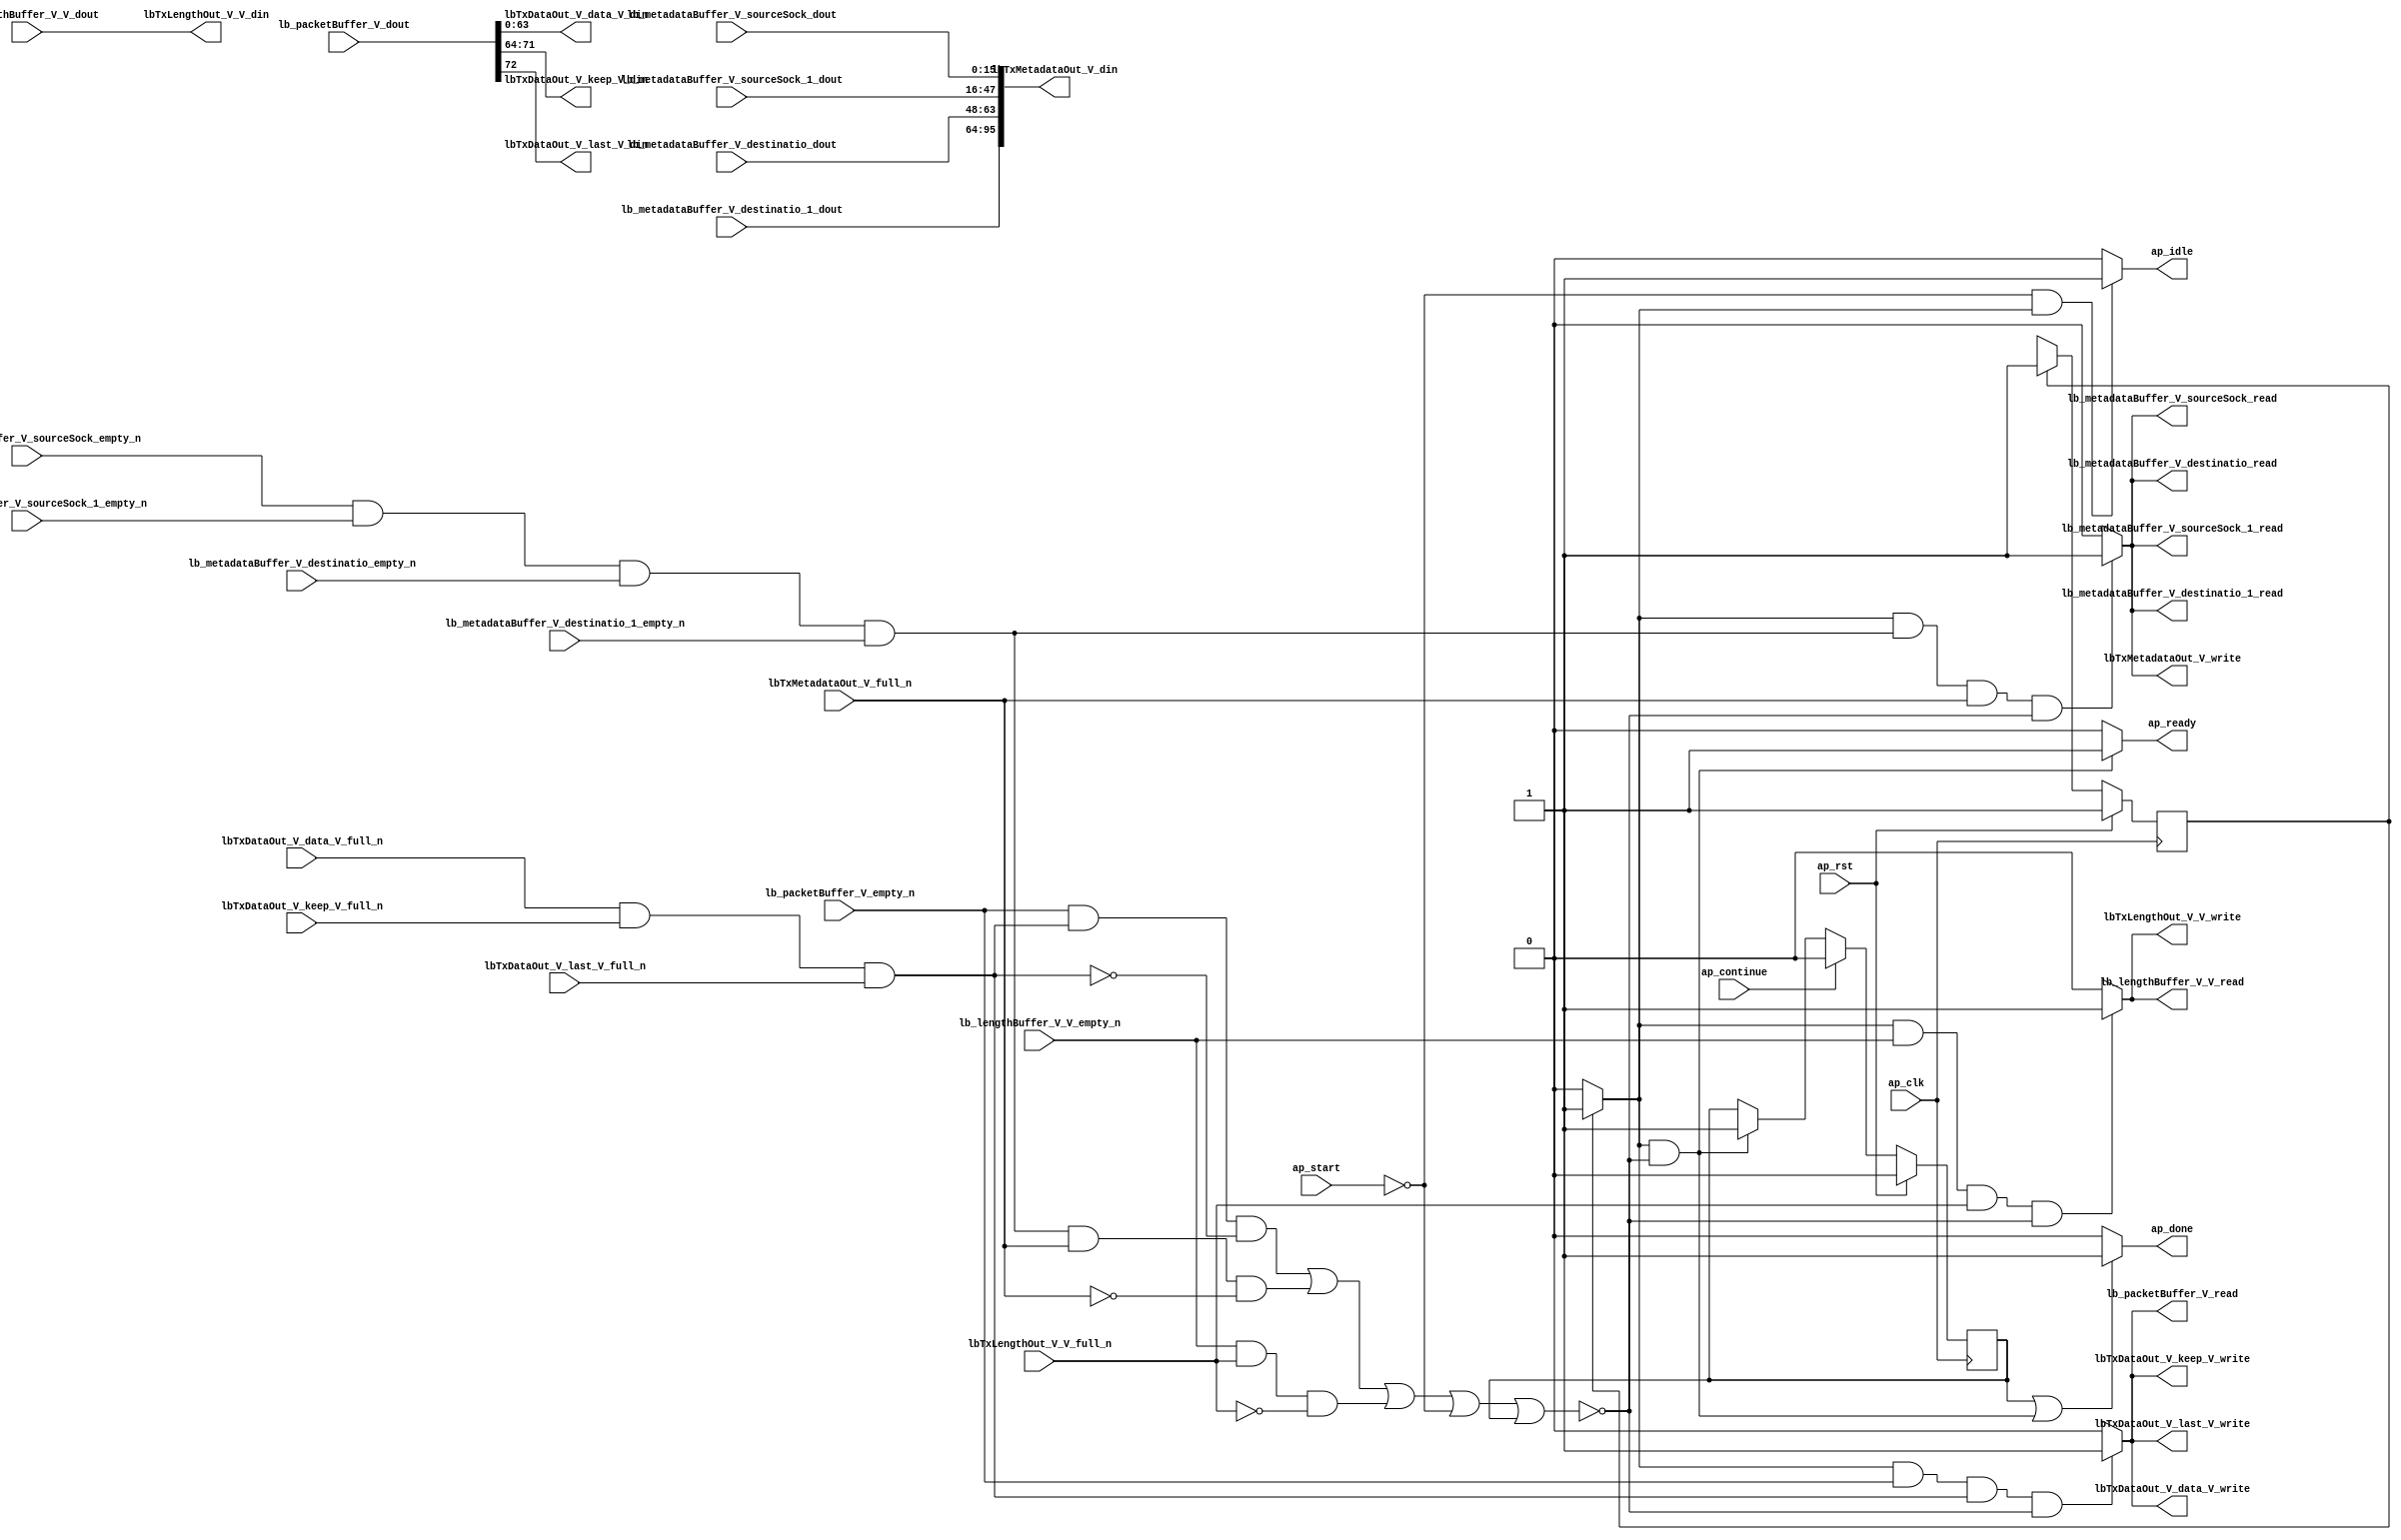
// ==============================================================
// RTL generated by Vivado(TM) HLS - High-Level Synthesis from C, C++ and SystemC
// Version: 2015.1
// Copyright (C) 2015 Xilinx Inc. All rights reserved.
// 
// ===========================================================

`timescale 1 ns / 1 ps 

module udpLoopback_txPath (
        ap_clk,
        ap_rst,
        ap_start,
        ap_done,
        ap_continue,
        ap_idle,
        ap_ready,
        lbTxDataOut_V_data_V_din,
        lbTxDataOut_V_data_V_full_n,
        lbTxDataOut_V_data_V_write,
        lbTxDataOut_V_keep_V_din,
        lbTxDataOut_V_keep_V_full_n,
        lbTxDataOut_V_keep_V_write,
        lbTxDataOut_V_last_V_din,
        lbTxDataOut_V_last_V_full_n,
        lbTxDataOut_V_last_V_write,
        lbTxMetadataOut_V_din,
        lbTxMetadataOut_V_full_n,
        lbTxMetadataOut_V_write,
        lbTxLengthOut_V_V_din,
        lbTxLengthOut_V_V_full_n,
        lbTxLengthOut_V_V_write,
        lb_packetBuffer_V_dout,
        lb_packetBuffer_V_empty_n,
        lb_packetBuffer_V_read,
        lb_metadataBuffer_V_sourceSock_dout,
        lb_metadataBuffer_V_sourceSock_empty_n,
        lb_metadataBuffer_V_sourceSock_read,
        lb_metadataBuffer_V_sourceSock_1_dout,
        lb_metadataBuffer_V_sourceSock_1_empty_n,
        lb_metadataBuffer_V_sourceSock_1_read,
        lb_metadataBuffer_V_destinatio_dout,
        lb_metadataBuffer_V_destinatio_empty_n,
        lb_metadataBuffer_V_destinatio_read,
        lb_metadataBuffer_V_destinatio_1_dout,
        lb_metadataBuffer_V_destinatio_1_empty_n,
        lb_metadataBuffer_V_destinatio_1_read,
        lb_lengthBuffer_V_V_dout,
        lb_lengthBuffer_V_V_empty_n,
        lb_lengthBuffer_V_V_read
);

parameter    ap_const_logic_1 = 1'b1;
parameter    ap_const_logic_0 = 1'b0;
parameter    ap_ST_st1_fsm_0 = 1'b1;
parameter    ap_const_lv32_0 = 32'b00000000000000000000000000000000;
parameter    ap_const_lv1_1 = 1'b1;
parameter    ap_const_lv1_0 = 1'b0;
parameter    ap_const_lv32_40 = 32'b1000000;
parameter    ap_const_lv32_47 = 32'b1000111;
parameter    ap_const_lv32_48 = 32'b1001000;
parameter    ap_true = 1'b1;

input   ap_clk;
input   ap_rst;
input   ap_start;
output   ap_done;
input   ap_continue;
output   ap_idle;
output   ap_ready;
output  [63:0] lbTxDataOut_V_data_V_din;
input   lbTxDataOut_V_data_V_full_n;
output   lbTxDataOut_V_data_V_write;
output  [7:0] lbTxDataOut_V_keep_V_din;
input   lbTxDataOut_V_keep_V_full_n;
output   lbTxDataOut_V_keep_V_write;
output  [0:0] lbTxDataOut_V_last_V_din;
input   lbTxDataOut_V_last_V_full_n;
output   lbTxDataOut_V_last_V_write;
output  [95:0] lbTxMetadataOut_V_din;
input   lbTxMetadataOut_V_full_n;
output   lbTxMetadataOut_V_write;
output  [15:0] lbTxLengthOut_V_V_din;
input   lbTxLengthOut_V_V_full_n;
output   lbTxLengthOut_V_V_write;
input  [72:0] lb_packetBuffer_V_dout;
input   lb_packetBuffer_V_empty_n;
output   lb_packetBuffer_V_read;
input  [15:0] lb_metadataBuffer_V_sourceSock_dout;
input   lb_metadataBuffer_V_sourceSock_empty_n;
output   lb_metadataBuffer_V_sourceSock_read;
input  [31:0] lb_metadataBuffer_V_sourceSock_1_dout;
input   lb_metadataBuffer_V_sourceSock_1_empty_n;
output   lb_metadataBuffer_V_sourceSock_1_read;
input  [15:0] lb_metadataBuffer_V_destinatio_dout;
input   lb_metadataBuffer_V_destinatio_empty_n;
output   lb_metadataBuffer_V_destinatio_read;
input  [31:0] lb_metadataBuffer_V_destinatio_1_dout;
input   lb_metadataBuffer_V_destinatio_1_empty_n;
output   lb_metadataBuffer_V_destinatio_1_read;
input  [15:0] lb_lengthBuffer_V_V_dout;
input   lb_lengthBuffer_V_V_empty_n;
output   lb_lengthBuffer_V_V_read;

reg ap_done;
reg ap_idle;
reg ap_ready;
reg lbTxMetadataOut_V_write;
reg lbTxLengthOut_V_V_write;
reg lb_packetBuffer_V_read;
reg lb_lengthBuffer_V_V_read;
reg    ap_done_reg = 1'b0;
(* fsm_encoding = "none" *) reg   [0:0] ap_CS_fsm = 1'b1;
reg    ap_sig_cseq_ST_st1_fsm_0;
reg    ap_sig_bdd_20;
wire   [0:0] tmp_nbreadreq_fu_144_p3;
wire   [0:0] tmp_11_nbwritereq_fu_152_p5;
wire    lbTxDataOut_V_data_V1_status;
wire    lb_metadataBuffer_V_sourceSock0_status;
wire   [0:0] tmp_12_nbreadreq_fu_183_p6;
wire   [0:0] tmp_13_nbwritereq_fu_197_p3;
wire   [0:0] tmp_30_nbreadreq_fu_224_p3;
wire   [0:0] tmp_31_nbwritereq_fu_232_p3;
reg    ap_sig_bdd_118;
reg    lbTxDataOut_V_data_V1_update;
reg    lb_metadataBuffer_V_sourceSock0_update;
reg   [0:0] ap_NS_fsm;




/// the current state (ap_CS_fsm) of the state machine. ///
always @ (posedge ap_clk)
begin : ap_ret_ap_CS_fsm
    if (ap_rst == 1'b1) begin
        ap_CS_fsm <= ap_ST_st1_fsm_0;
    end else begin
        ap_CS_fsm <= ap_NS_fsm;
    end
end

/// ap_done_reg assign process. ///
always @ (posedge ap_clk)
begin : ap_ret_ap_done_reg
    if (ap_rst == 1'b1) begin
        ap_done_reg <= ap_const_logic_0;
    end else begin
        if ((ap_const_logic_1 == ap_continue)) begin
            ap_done_reg <= ap_const_logic_0;
        end else if (((ap_const_logic_1 == ap_sig_cseq_ST_st1_fsm_0) & ~ap_sig_bdd_118)) begin
            ap_done_reg <= ap_const_logic_1;
        end
    end
end

/// ap_done assign process. ///
always @ (ap_done_reg or ap_sig_cseq_ST_st1_fsm_0 or ap_sig_bdd_118)
begin
    if (((ap_const_logic_1 == ap_done_reg) | ((ap_const_logic_1 == ap_sig_cseq_ST_st1_fsm_0) & ~ap_sig_bdd_118))) begin
        ap_done = ap_const_logic_1;
    end else begin
        ap_done = ap_const_logic_0;
    end
end

/// ap_idle assign process. ///
always @ (ap_start or ap_sig_cseq_ST_st1_fsm_0)
begin
    if ((~(ap_const_logic_1 == ap_start) & (ap_const_logic_1 == ap_sig_cseq_ST_st1_fsm_0))) begin
        ap_idle = ap_const_logic_1;
    end else begin
        ap_idle = ap_const_logic_0;
    end
end

/// ap_ready assign process. ///
always @ (ap_sig_cseq_ST_st1_fsm_0 or ap_sig_bdd_118)
begin
    if (((ap_const_logic_1 == ap_sig_cseq_ST_st1_fsm_0) & ~ap_sig_bdd_118)) begin
        ap_ready = ap_const_logic_1;
    end else begin
        ap_ready = ap_const_logic_0;
    end
end

/// ap_sig_cseq_ST_st1_fsm_0 assign process. ///
always @ (ap_sig_bdd_20)
begin
    if (ap_sig_bdd_20) begin
        ap_sig_cseq_ST_st1_fsm_0 = ap_const_logic_1;
    end else begin
        ap_sig_cseq_ST_st1_fsm_0 = ap_const_logic_0;
    end
end

/// lbTxDataOut_V_data_V1_update assign process. ///
always @ (ap_sig_cseq_ST_st1_fsm_0 or tmp_nbreadreq_fu_144_p3 or tmp_11_nbwritereq_fu_152_p5 or ap_sig_bdd_118)
begin
    if (((ap_const_logic_1 == ap_sig_cseq_ST_st1_fsm_0) & ~(tmp_nbreadreq_fu_144_p3 == ap_const_lv1_0) & ~(tmp_11_nbwritereq_fu_152_p5 == ap_const_lv1_0) & ~ap_sig_bdd_118)) begin
        lbTxDataOut_V_data_V1_update = ap_const_logic_1;
    end else begin
        lbTxDataOut_V_data_V1_update = ap_const_logic_0;
    end
end

/// lbTxLengthOut_V_V_write assign process. ///
always @ (ap_sig_cseq_ST_st1_fsm_0 or tmp_30_nbreadreq_fu_224_p3 or tmp_31_nbwritereq_fu_232_p3 or ap_sig_bdd_118)
begin
    if (((ap_const_logic_1 == ap_sig_cseq_ST_st1_fsm_0) & ~(ap_const_lv1_0 == tmp_30_nbreadreq_fu_224_p3) & ~(ap_const_lv1_0 == tmp_31_nbwritereq_fu_232_p3) & ~ap_sig_bdd_118)) begin
        lbTxLengthOut_V_V_write = ap_const_logic_1;
    end else begin
        lbTxLengthOut_V_V_write = ap_const_logic_0;
    end
end

/// lbTxMetadataOut_V_write assign process. ///
always @ (ap_sig_cseq_ST_st1_fsm_0 or tmp_12_nbreadreq_fu_183_p6 or tmp_13_nbwritereq_fu_197_p3 or ap_sig_bdd_118)
begin
    if (((ap_const_logic_1 == ap_sig_cseq_ST_st1_fsm_0) & ~(ap_const_lv1_0 == tmp_12_nbreadreq_fu_183_p6) & ~(ap_const_lv1_0 == tmp_13_nbwritereq_fu_197_p3) & ~ap_sig_bdd_118)) begin
        lbTxMetadataOut_V_write = ap_const_logic_1;
    end else begin
        lbTxMetadataOut_V_write = ap_const_logic_0;
    end
end

/// lb_lengthBuffer_V_V_read assign process. ///
always @ (ap_sig_cseq_ST_st1_fsm_0 or tmp_30_nbreadreq_fu_224_p3 or tmp_31_nbwritereq_fu_232_p3 or ap_sig_bdd_118)
begin
    if (((ap_const_logic_1 == ap_sig_cseq_ST_st1_fsm_0) & ~(ap_const_lv1_0 == tmp_30_nbreadreq_fu_224_p3) & ~(ap_const_lv1_0 == tmp_31_nbwritereq_fu_232_p3) & ~ap_sig_bdd_118)) begin
        lb_lengthBuffer_V_V_read = ap_const_logic_1;
    end else begin
        lb_lengthBuffer_V_V_read = ap_const_logic_0;
    end
end

/// lb_metadataBuffer_V_sourceSock0_update assign process. ///
always @ (ap_sig_cseq_ST_st1_fsm_0 or tmp_12_nbreadreq_fu_183_p6 or tmp_13_nbwritereq_fu_197_p3 or ap_sig_bdd_118)
begin
    if (((ap_const_logic_1 == ap_sig_cseq_ST_st1_fsm_0) & ~(ap_const_lv1_0 == tmp_12_nbreadreq_fu_183_p6) & ~(ap_const_lv1_0 == tmp_13_nbwritereq_fu_197_p3) & ~ap_sig_bdd_118)) begin
        lb_metadataBuffer_V_sourceSock0_update = ap_const_logic_1;
    end else begin
        lb_metadataBuffer_V_sourceSock0_update = ap_const_logic_0;
    end
end

/// lb_packetBuffer_V_read assign process. ///
always @ (ap_sig_cseq_ST_st1_fsm_0 or tmp_nbreadreq_fu_144_p3 or tmp_11_nbwritereq_fu_152_p5 or ap_sig_bdd_118)
begin
    if (((ap_const_logic_1 == ap_sig_cseq_ST_st1_fsm_0) & ~(tmp_nbreadreq_fu_144_p3 == ap_const_lv1_0) & ~(tmp_11_nbwritereq_fu_152_p5 == ap_const_lv1_0) & ~ap_sig_bdd_118)) begin
        lb_packetBuffer_V_read = ap_const_logic_1;
    end else begin
        lb_packetBuffer_V_read = ap_const_logic_0;
    end
end
/// the next state (ap_NS_fsm) of the state machine. ///
always @ (ap_CS_fsm or ap_sig_bdd_118)
begin
    case (ap_CS_fsm)
        ap_ST_st1_fsm_0 : 
        begin
            ap_NS_fsm = ap_ST_st1_fsm_0;
        end
        default : 
        begin
            ap_NS_fsm = 'bx;
        end
    endcase
end


/// ap_sig_bdd_118 assign process. ///
always @ (ap_start or ap_done_reg or lbTxMetadataOut_V_full_n or lbTxLengthOut_V_V_full_n or lb_packetBuffer_V_empty_n or lb_lengthBuffer_V_V_empty_n or tmp_nbreadreq_fu_144_p3 or tmp_11_nbwritereq_fu_152_p5 or lbTxDataOut_V_data_V1_status or lb_metadataBuffer_V_sourceSock0_status or tmp_12_nbreadreq_fu_183_p6 or tmp_13_nbwritereq_fu_197_p3 or tmp_30_nbreadreq_fu_224_p3 or tmp_31_nbwritereq_fu_232_p3)
begin
    ap_sig_bdd_118 = (((lb_packetBuffer_V_empty_n == ap_const_logic_0) & ~(tmp_nbreadreq_fu_144_p3 == ap_const_lv1_0) & ~(tmp_11_nbwritereq_fu_152_p5 == ap_const_lv1_0)) | (~(tmp_nbreadreq_fu_144_p3 == ap_const_lv1_0) & ~(tmp_11_nbwritereq_fu_152_p5 == ap_const_lv1_0) & (lbTxDataOut_V_data_V1_status == ap_const_logic_0)) | ((lb_metadataBuffer_V_sourceSock0_status == ap_const_logic_0) & ~(ap_const_lv1_0 == tmp_12_nbreadreq_fu_183_p6) & ~(ap_const_lv1_0 == tmp_13_nbwritereq_fu_197_p3)) | (~(ap_const_lv1_0 == tmp_12_nbreadreq_fu_183_p6) & ~(ap_const_lv1_0 == tmp_13_nbwritereq_fu_197_p3) & (lbTxMetadataOut_V_full_n == ap_const_logic_0)) | ((lb_lengthBuffer_V_V_empty_n == ap_const_logic_0) & ~(ap_const_lv1_0 == tmp_30_nbreadreq_fu_224_p3) & ~(ap_const_lv1_0 == tmp_31_nbwritereq_fu_232_p3)) | (~(ap_const_lv1_0 == tmp_30_nbreadreq_fu_224_p3) & ~(ap_const_lv1_0 == tmp_31_nbwritereq_fu_232_p3) & (lbTxLengthOut_V_V_full_n == ap_const_logic_0)) | (ap_start == ap_const_logic_0) | (ap_done_reg == ap_const_logic_1));
end

/// ap_sig_bdd_20 assign process. ///
always @ (ap_CS_fsm)
begin
    ap_sig_bdd_20 = (ap_CS_fsm[ap_const_lv32_0] == ap_const_lv1_1);
end
assign lbTxDataOut_V_data_V1_status = (lbTxDataOut_V_data_V_full_n & lbTxDataOut_V_keep_V_full_n & lbTxDataOut_V_last_V_full_n);
assign lbTxDataOut_V_data_V_din = lb_packetBuffer_V_dout[63:0];
assign lbTxDataOut_V_data_V_write = lbTxDataOut_V_data_V1_update;
assign lbTxDataOut_V_keep_V_din = {{lb_packetBuffer_V_dout[ap_const_lv32_47 : ap_const_lv32_40]}};
assign lbTxDataOut_V_keep_V_write = lbTxDataOut_V_data_V1_update;
assign lbTxDataOut_V_last_V_din = lb_packetBuffer_V_dout[ap_const_lv32_48];
assign lbTxDataOut_V_last_V_write = lbTxDataOut_V_data_V1_update;
assign lbTxLengthOut_V_V_din = lb_lengthBuffer_V_V_dout;
assign lbTxMetadataOut_V_din = {{{{lb_metadataBuffer_V_destinatio_1_dout}, {lb_metadataBuffer_V_destinatio_dout}}, {lb_metadataBuffer_V_sourceSock_1_dout}}, {lb_metadataBuffer_V_sourceSock_dout}};
assign lb_metadataBuffer_V_destinatio_1_read = lb_metadataBuffer_V_sourceSock0_update;
assign lb_metadataBuffer_V_destinatio_read = lb_metadataBuffer_V_sourceSock0_update;
assign lb_metadataBuffer_V_sourceSock0_status = (lb_metadataBuffer_V_sourceSock_empty_n & lb_metadataBuffer_V_sourceSock_1_empty_n & lb_metadataBuffer_V_destinatio_empty_n & lb_metadataBuffer_V_destinatio_1_empty_n);
assign lb_metadataBuffer_V_sourceSock_1_read = lb_metadataBuffer_V_sourceSock0_update;
assign lb_metadataBuffer_V_sourceSock_read = lb_metadataBuffer_V_sourceSock0_update;
assign tmp_11_nbwritereq_fu_152_p5 = (lbTxDataOut_V_data_V_full_n & lbTxDataOut_V_keep_V_full_n & lbTxDataOut_V_last_V_full_n);
assign tmp_12_nbreadreq_fu_183_p6 = (lb_metadataBuffer_V_sourceSock_empty_n & lb_metadataBuffer_V_sourceSock_1_empty_n & lb_metadataBuffer_V_destinatio_empty_n & lb_metadataBuffer_V_destinatio_1_empty_n);
assign tmp_13_nbwritereq_fu_197_p3 = lbTxMetadataOut_V_full_n;
assign tmp_30_nbreadreq_fu_224_p3 = lb_lengthBuffer_V_V_empty_n;
assign tmp_31_nbwritereq_fu_232_p3 = lbTxLengthOut_V_V_full_n;
assign tmp_nbreadreq_fu_144_p3 = lb_packetBuffer_V_empty_n;


endmodule //udpLoopback_txPath